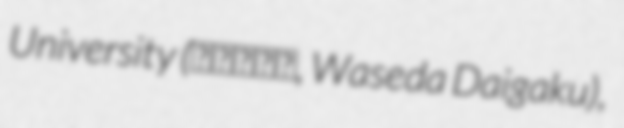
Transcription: University (早稲田大学, Waseda Daigaku),